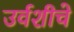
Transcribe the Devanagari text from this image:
उर्वशीचे